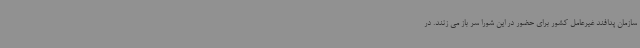
سازمان پدافند غیرعامل کشور برای حضور در این شورا سر باز می زنند. در